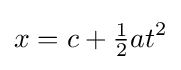
x=c+{\tfrac {1}{2}}at^{2}